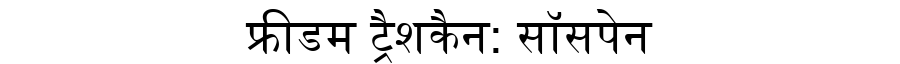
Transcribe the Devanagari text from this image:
फ्रीडम ट्रैशकैन: सॉसपेन